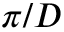
\pi / D